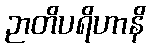
ဉာတိပရိဟာနိ